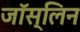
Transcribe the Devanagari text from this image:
जॉस्लिन